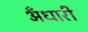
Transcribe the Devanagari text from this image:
अँधारी